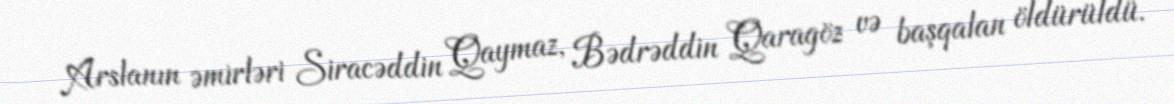
Arslanın əmirləri Siracəddin Qaymaz, Bədrəddin Qaragöz və başqalan öldürüldü.